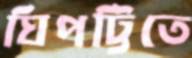
ঘিপট্টিতে